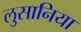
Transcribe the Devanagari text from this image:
लुसानिया